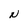
Character: N